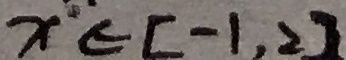
x \in [ - 1 , 2 ]